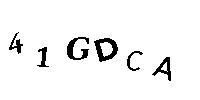
41GDCA